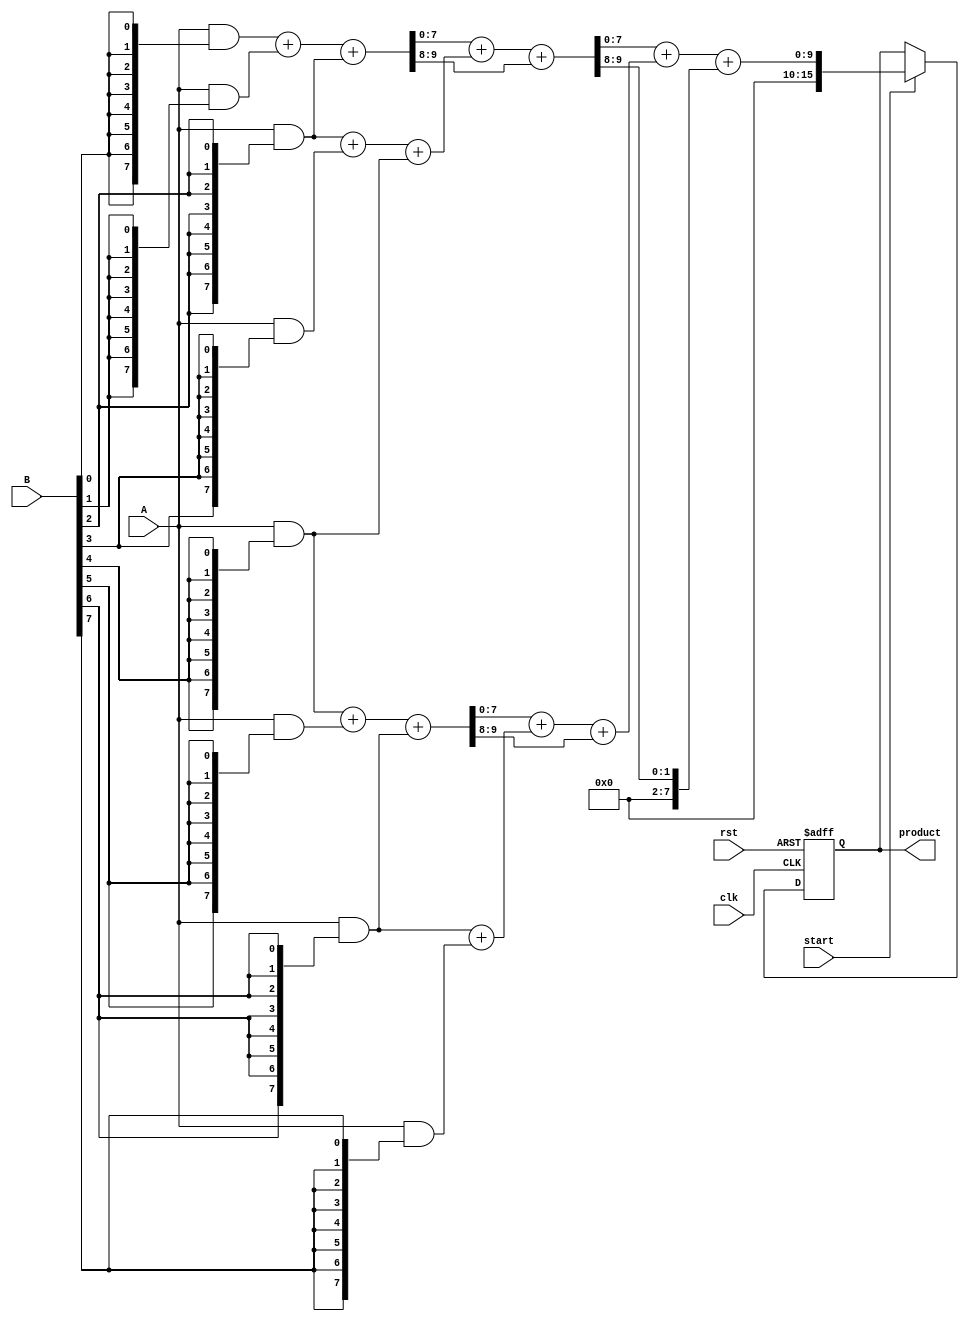
module WallaceTreeMultiplier #(
    parameter N = 8 // Bit-width of the operands
)(
    input wire [N-1:0] A, // First operand
    input wire [N-1:0] B, // Second operand
    input wire start,      // Control signal to start multiplication
    input wire clk,        // Clock signal
    input wire rst,        // Reset signal
    output reg [2*N-1:0] product // Output product
);

    // Partial product generation
    wire [N-1:0] pp [0:N-1]; // Partial products
    genvar i;
    generate
        for (i = 0; i < N; i = i + 1) begin : gen_partial_products
            assign pp[i] = A & {N{B[i]}}; // ANDing each bit of B with A
        end
    endgenerate

    // Carry-save adder (CSA) structure
    wire [N-1:0] sum [0:N/2-1]; // Sum outputs from CSAs
    wire [N-1:0] carry [0:N/2-1]; // Carry outputs from CSAs

    // Level 1 CSA
    generate
        for (i = 0; i < N/2; i = i + 1) begin : CSA_level1
            if (i < N/2 - 1) begin
                assign {carry[i], sum[i]} = pp[2*i] + pp[2*i + 1] + pp[2*i + 2];
            end else begin
                assign {carry[i], sum[i]} = pp[2*i] + pp[2*i + 1];
            end
        end
    endgenerate

    // Level 2 CSA
    wire [N-1:0] sum2 [0:(N/4)-1];
    wire [N-1:0] carry2 [0:(N/4)-1];

    generate
        for (i = 0; i < N/4; i = i + 1) begin : CSA_level2
            assign {carry2[i], sum2[i]} = sum[2*i] + sum[2*i + 1] + carry[2*i];
        end
    endgenerate

    // Final addition
    wire [N-1:0] final_sum;
    wire [N-1:0] final_carry;

    assign {final_carry, final_sum} = sum2[0] + sum2[1] + carry2[0];

    // Output product calculation
    always @(posedge clk or posedge rst) begin
        if (rst) begin
            product <= 0;
        end else if (start) begin
            product <= {final_carry, final_sum}; // Concatenate carry and sum for final product
        end
    end

endmodule